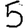
Digit: 5